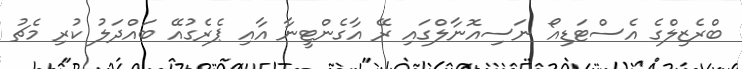
ބްރެޒިލްގެ އެސްޓަޑިއޯ ނަސިއޮނާލްގައި ރޭ އާގެންޓީނާ އާއި ޕެރެގުއޭ ބައްދަލު ކުރި މެޗު